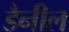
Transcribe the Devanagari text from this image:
डैनील